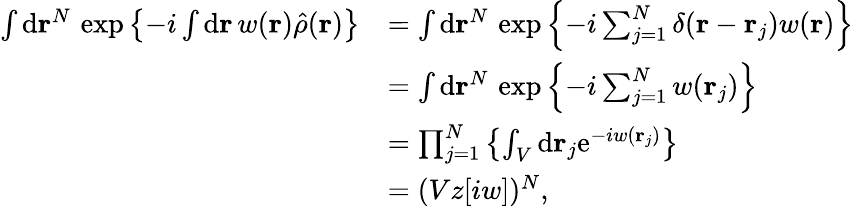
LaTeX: \begin{array}{rl}{\int\mathrm{d}\mathbf{r}^{N}\, \exp\left\{ -i\int\mathrm{d}\mathbf{r}\, w(\mathbf{r})\hat{\rho}(\mathbf{r})\right\} }&{=\int\mathrm{d}\mathbf{r}^{N}\, \exp\left\{ -i\sum_{j=1}^{N}\delta(\mathbf{r}-\mathbf{r}_{j})w(\mathbf{r})\right\} }\\ &{=\int\mathrm{d}\mathbf{r}^{N}\, \exp\left\{ -i\sum_{j=1}^{N}w(\mathbf{r}_{j})\right\} }\\ &{=\prod_{j=1}^{N}\left\{ \int_{V}\mathrm{d}\mathbf{r}_{j}\mathrm{e}^{-iw(\mathbf{r}_{j})}\right\} }\\ &{=(Vz[iw])^{N},}\end{array}